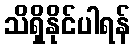
သိရှိနိုင်ပါရန်